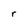
Character: r